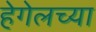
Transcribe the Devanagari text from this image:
हेगेलच्या